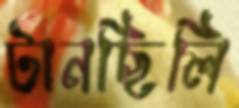
টানছিলি